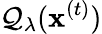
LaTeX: \mathcal{Q}_{\lambda}(\mathbf{x}^{(t)})